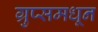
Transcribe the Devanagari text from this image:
ग्रुप्समधून